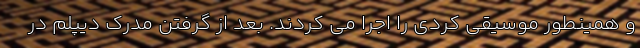
و همینطور موسیقی کردی را اجرا می کردند. بعد از گرفتن مدرک دیپلم در